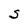
Character: S